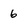
Character: 6